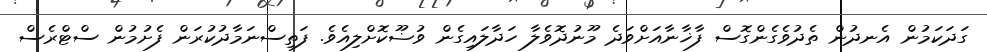
ގަދަކަމުން އެނދުން ތެދުވެގެންގޮސް ފާޚާނާއަށްވަދެ މޫނުދޮވެލާ ހަދާލައިގެން ވުޟޫކޮށްލިއެވެ. ފަތިސްނަމާދުކުރަން ފެށުމުން ސްޓްރެސް